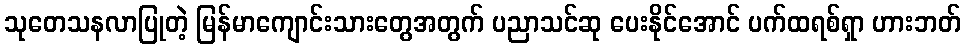
သုတေသနလာပြုတဲ့ မြန်မာကျောင်းသားတွေအတွက် ပညာသင်ဆု ပေးနိုင်အောင် ပက်ထရစ်ရှာ ဟားဘတ်